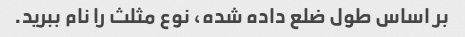
بر اساس طول ضلع داده شده، نوع مثلث را نام ببرید.